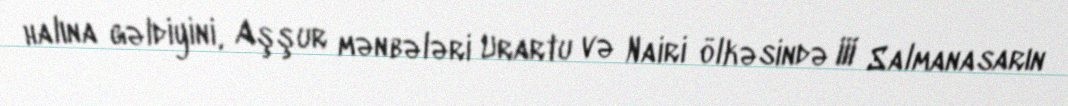
halına gəldiyini, Aşşur mənbələri Urartu və Nairi ölkəsində III Salmanasarın